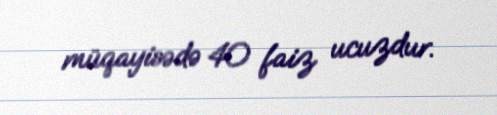
müqayisədə 40 faiz ucuzdur.